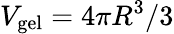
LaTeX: V_{\mathrm{gel}}=4\pi R^{3}/3